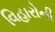
વિહારોની